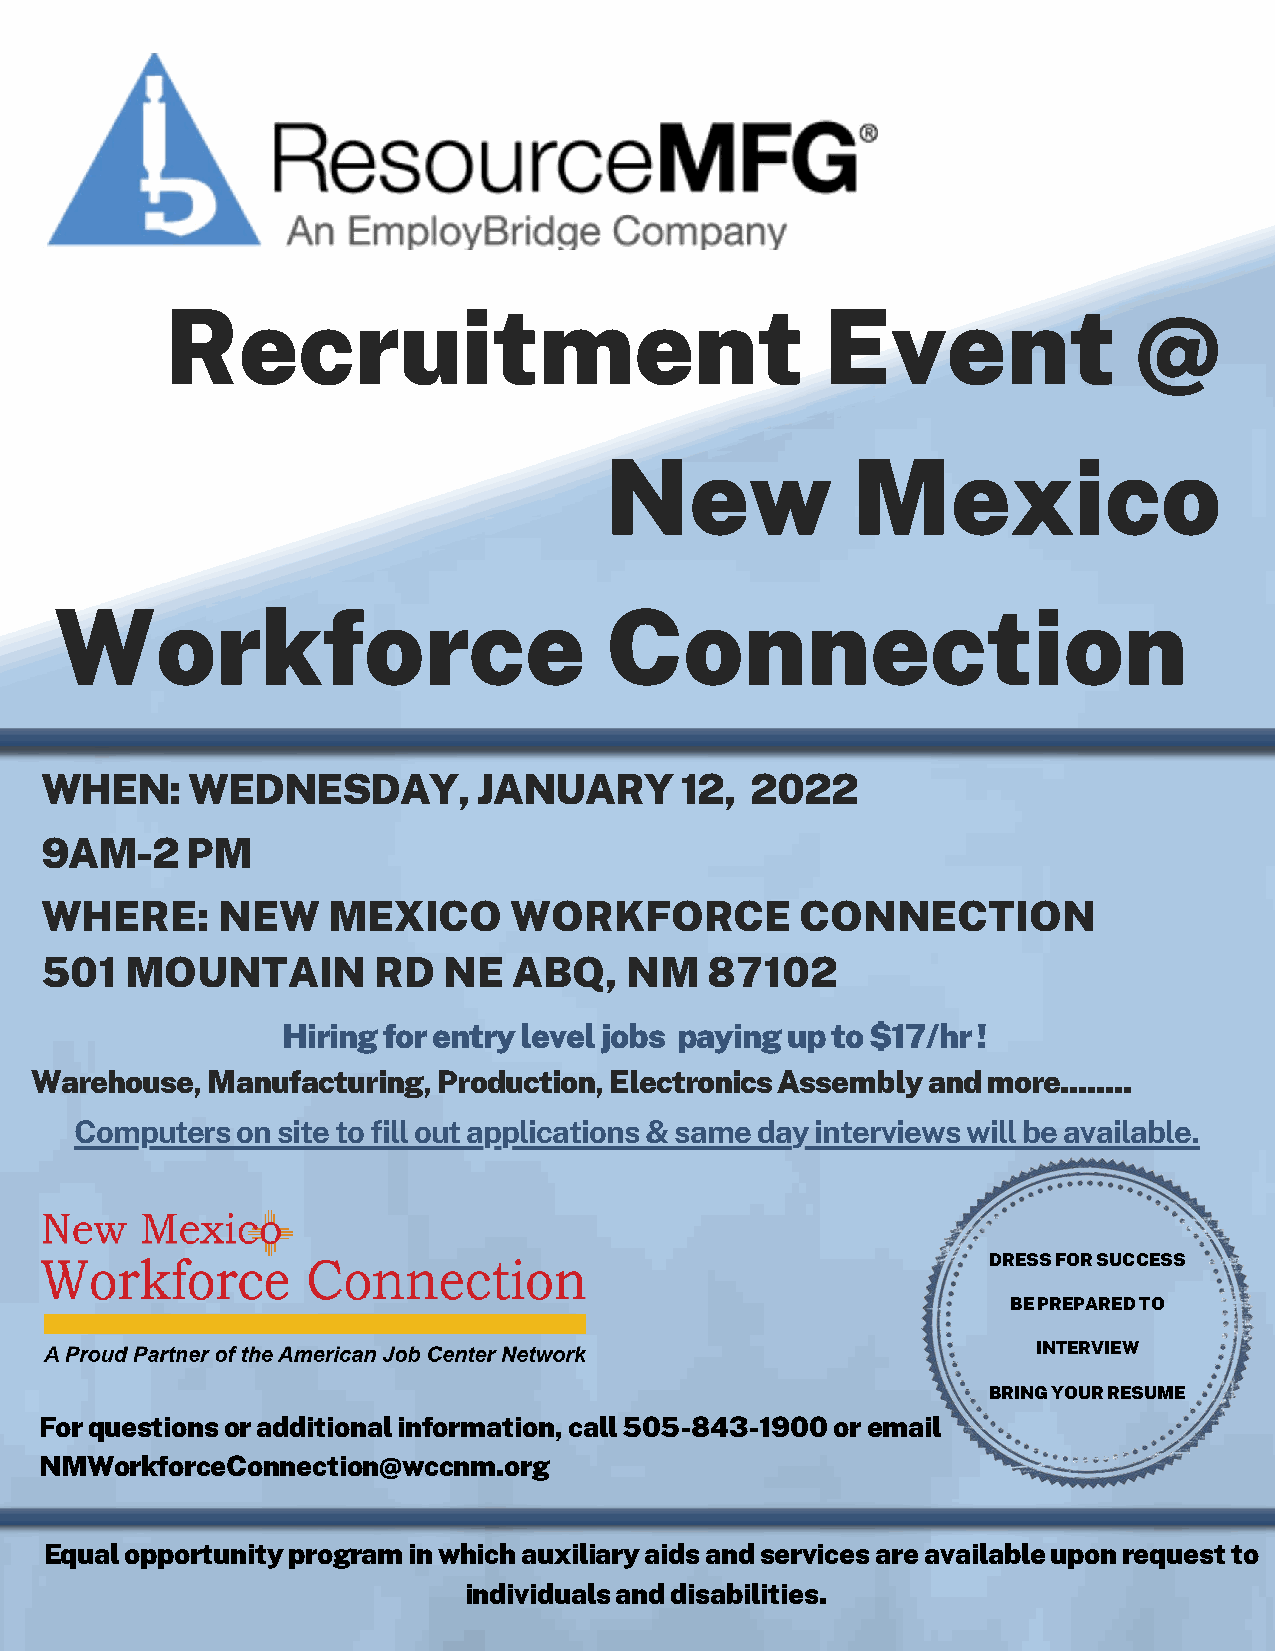
Recruitment                                 Event               @
 New             Mexico
 Workforce                           Connection
 WHEN:     WEDNESDAY,         JANUARY      12,  2022
 9AM-2    PM
 WHERE:     NEW     MEXICO      WORKFORCE          CONNECTION
 501  MOUNTAIN         RD  NE   ABQ,   NM    87102
 Hiring for entry level jobs paying up to $17/hr !
 Warehouse,  Manufacturing, Production, Electronics Assembly and more........
 Computers  on site to fill out applications & same day interviews will be available.
 DRESS FOR SUCCESS
 BE PREPARED TO
 INTERVIEW
 BRING YOUR RESUME
 For questions or additional information, call 505-843-1900 or email
 NMWorkforceConnection@wccnm.org
 Equal opportunity program in which auxiliary aids and services are available upon request to
 individuals and disabilities.